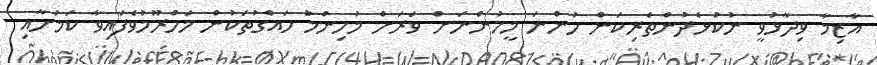
އާޒިމާ ވިދާޅުވީ ނުކުޅެދުންތެރިކަން ހުންނަ މީހުންނަށް ވަރަށް މުހިންމު ހައްގުތަކުން މަހްރޫމުވެފައިވާ ކަމަށާއި